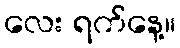
လေး ရက်နေ့။